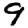
Digit: 9